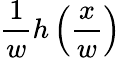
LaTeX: {\frac{1}{w}}h\left({\frac{x}{w}}\right)